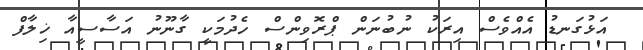
އަޅުގަނޑު އެއްވެސް އިރަކު ނުބުނަން ޕްރޮވިންސް ހެދުމަކީ ގާނޫނު އަސާސީއާ ޚިލާފް